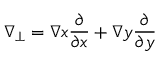
\nabla _ { \perp } = \nabla x \frac { \partial } { \partial x } + \nabla y \frac { \partial } { \partial y }